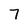
Character: 7